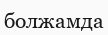
болжамда